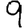
Digit: 9